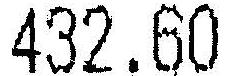
432.60